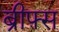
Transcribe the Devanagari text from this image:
ब्रीफ़्स